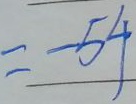
= - 5 4